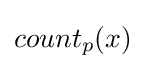
count_{p}(x)